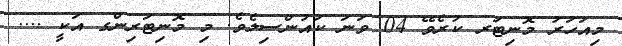
މިއަހަރު މޮނިޓަރ ކުރެވޭ 04 ވަނަ ކައުންސިލެވެ. މި މޮނިޓަރިންގ އަކީ ....